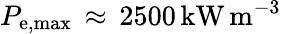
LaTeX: P_{\mathrm{{e,max}}}\, \approx\, 2500\, \mathrm{{kW\, m^{-3}}}